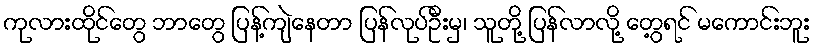
ကုလားထိုင်တွေ ဘာတွေ ပြန့်ကျဲနေတာ ပြန်လုပ်ဦးမှ၊ သူတို့ ပြန်လာလို့ တွေ့ရင် မကောင်းဘူး